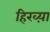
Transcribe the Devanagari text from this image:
हिरव्य़ा